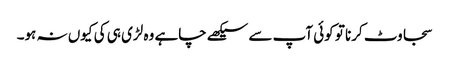
سجاوٹ کرنا تو کوئی آپ سے سیکھے چاہے وہ لڑی ہی کی کیوں نہ ہو۔